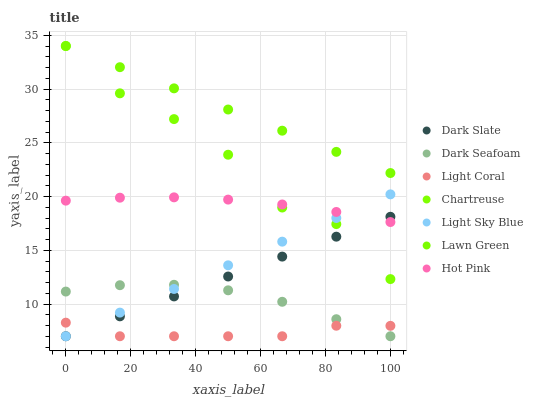
| xaxis_label | Dark Slate | Dark Seafoam | Light Coral | Chartreuse | Light Sky Blue | Lawn Green | Hot Pink |
 | --- | --- | --- | --- | --- | --- | --- | --- |
 | 0 | 7 | 11.2 | 8.26 | 34 | 7 | 34 | 19.6 |
 | 16.7 | 8.85 | 11.7 | 7 | 29.6 | 9.2 | 32 | 19.9 |
 | 33.3 | 10.7 | 11.8 | 7 | 27.2 | 11.4 | 30.1 | 19.9 |
 | 50 | 12.6 | 11.3 | 7 | 23.9 | 13.6 | 28.1 | 19.7 |
 | 66.7 | 14.4 | 10.2 | 7 | 19 | 15.8 | 26.1 | 19.3 |
 | 83.3 | 16.3 | 8.59 | 7.98 | 17.4 | 18 | 24.2 | 18.6 |
 | 100 | 18.1 | 7 | 7.97 | 12.3 | 20.2 | 22.2 | 17.6 |